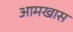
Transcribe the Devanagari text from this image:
आमखास